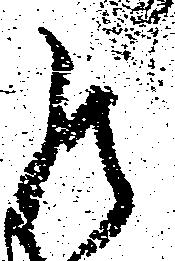
罷